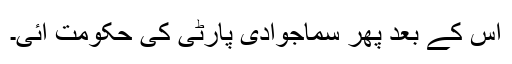
اس کے بعد پھر سماجوادی پارٹی کی حکومت آئی۔